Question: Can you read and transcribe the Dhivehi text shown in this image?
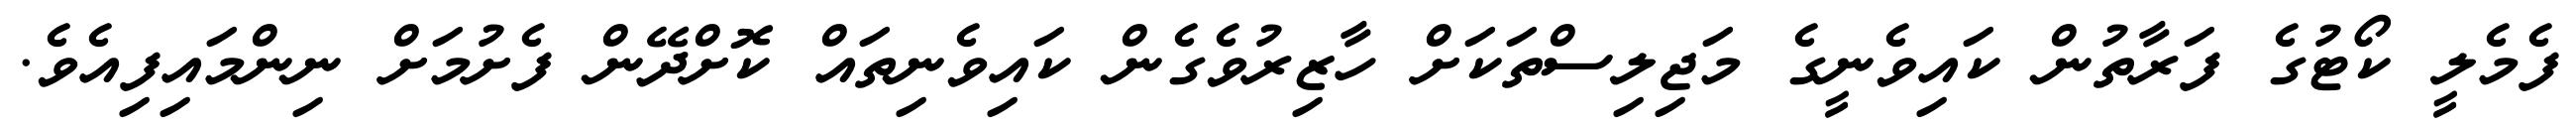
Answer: ފެމެލީ ކޯޓުގެ ފަރާތުން ކައިވެނީގެ މަޖިލިސްތަކަށް ހާޒިރުވެގެން ކައިވެނިތައް ކޮށްދޭން ފެށުމަށް ނިންމައިފިއެވެ.